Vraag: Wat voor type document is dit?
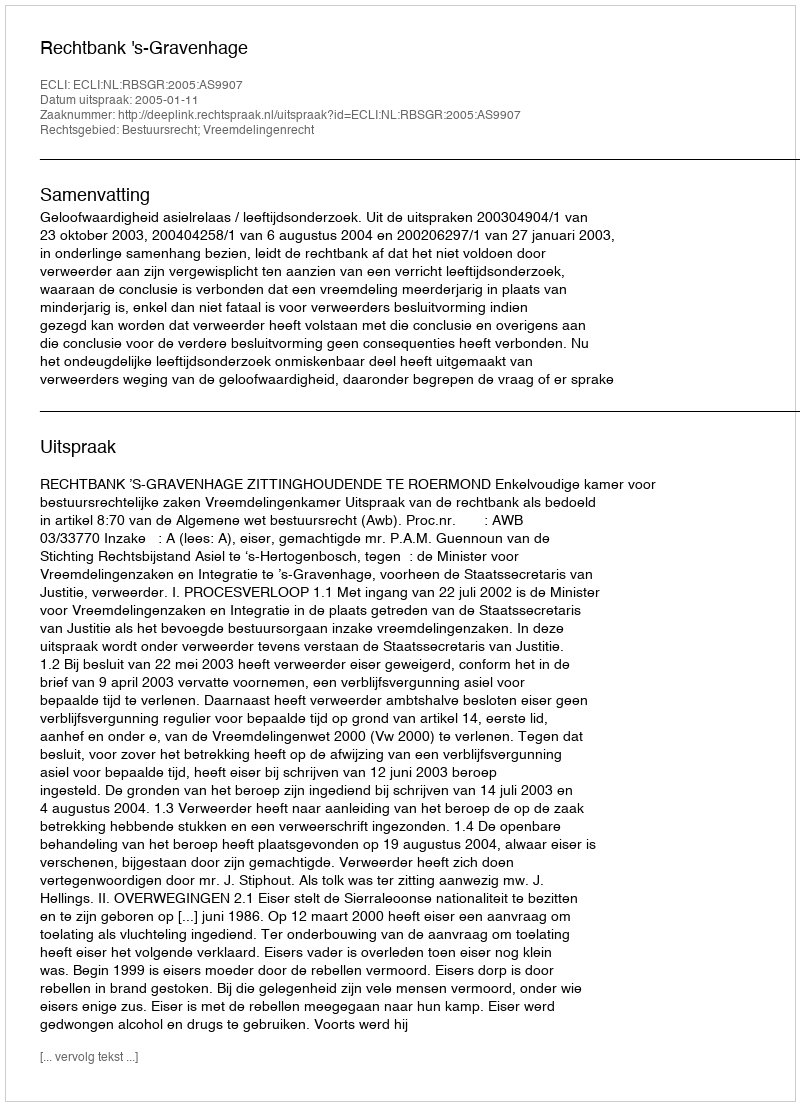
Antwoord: Uitspraak